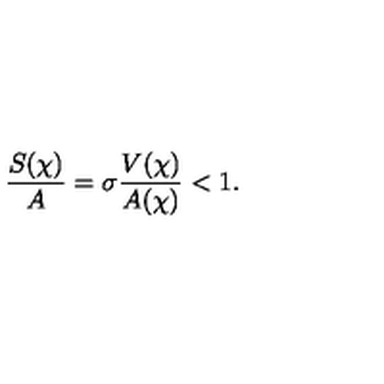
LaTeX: \frac { S ( \chi ) } { A } = \sigma \frac { V ( \chi ) } { A ( \chi ) } < 1 .